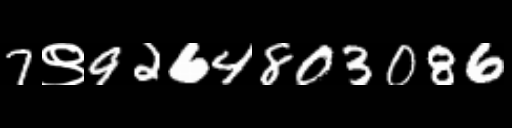
Text: 7९9264803086